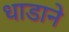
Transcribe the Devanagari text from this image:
धाडाने